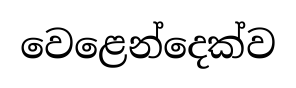
වෙළෙන්දෙක්ව